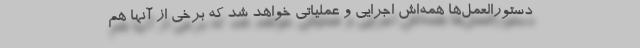
دستورالعمل‌ها همه‌اش اجرایی و عملیاتی خواهد شد که برخی از آنها هم